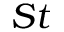
S t